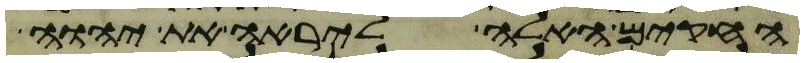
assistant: החקים האלה ליראה את יהוה